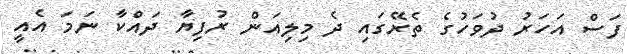
ފަސް އަހަރު ދުވަހުގެ ތެރޭގައި ދެ މިލިއަން ރުފިޔާ ދައްކާ ނަމަ އެއީ